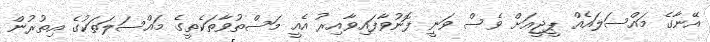
އޭނާގެ މައްސަލައެއް ޕީޖީއަށް ވެސް ވަނީ ފޮނުވާފައިވާއިރު އެއީ މަސްތުވާތަކެތީގެ މައްސަލަތަކުގެ އިތުރުން